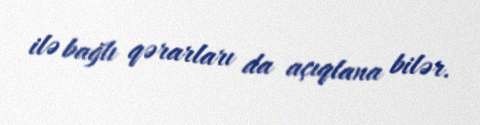
ilə bağlı qərarları da açıqlana bilər.